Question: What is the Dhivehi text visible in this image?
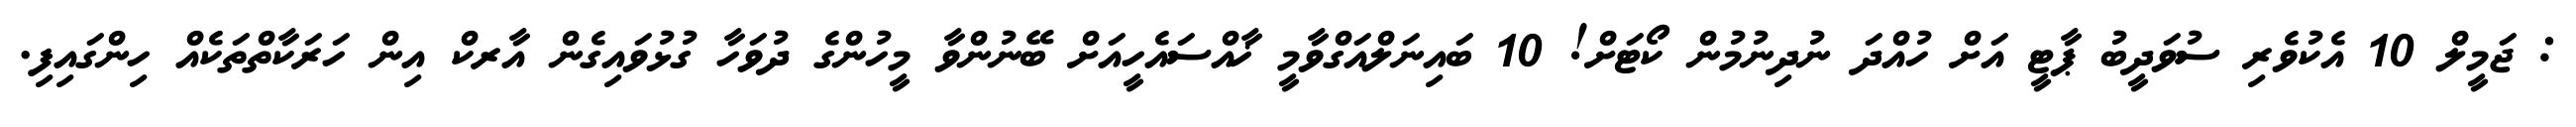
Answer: : ޖަމީލް 10 އެކުވެރި ސުވަދީބު ޕާޓީ އަށް ހުއްދަ ނުދިނުމުން ކޯޓަށް! 10 ބައިނަލްއަގްވާމީ ޚާއްސައެހީއަށް ބޭނުންވާ މީހުންގެ ދުވަހާ ގުޅުވައިގެން އާރކް އިން ހަރަކާތްތަކެއް ހިންގައިފި.